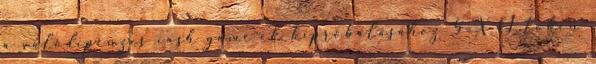
a valódipénzes cash game-ek kipróbálásához 5 X €1 token